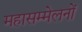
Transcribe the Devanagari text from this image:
महासम्मेलनों